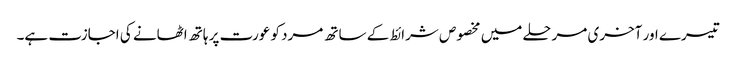
تیسرے اور آخری مرحلے میں مخصوص شرائط کے ساتھ مرد کو عورت پر ہاتھ اٹھانے کی اجازت ہے۔